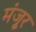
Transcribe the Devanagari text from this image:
मंजूुर